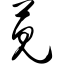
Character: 苋